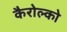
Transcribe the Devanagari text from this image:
कैरोल्को